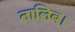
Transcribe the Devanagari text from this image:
तालिब।